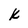
Character: k